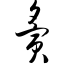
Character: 夤